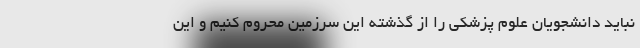
نباید دانشجویان علوم پزشکی را از گذشته این سرزمین محروم کنیم و این